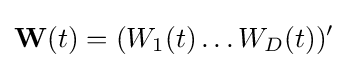
\mathbf {W} (t)=(W_{1}(t)\ldots W_{D}(t))'